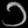
Digit: ၁